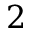
2